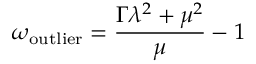
\omega _ { \mathrm { o u t l i e r } } = \frac { \Gamma \lambda ^ { 2 } + \mu ^ { 2 } } { \mu } - 1